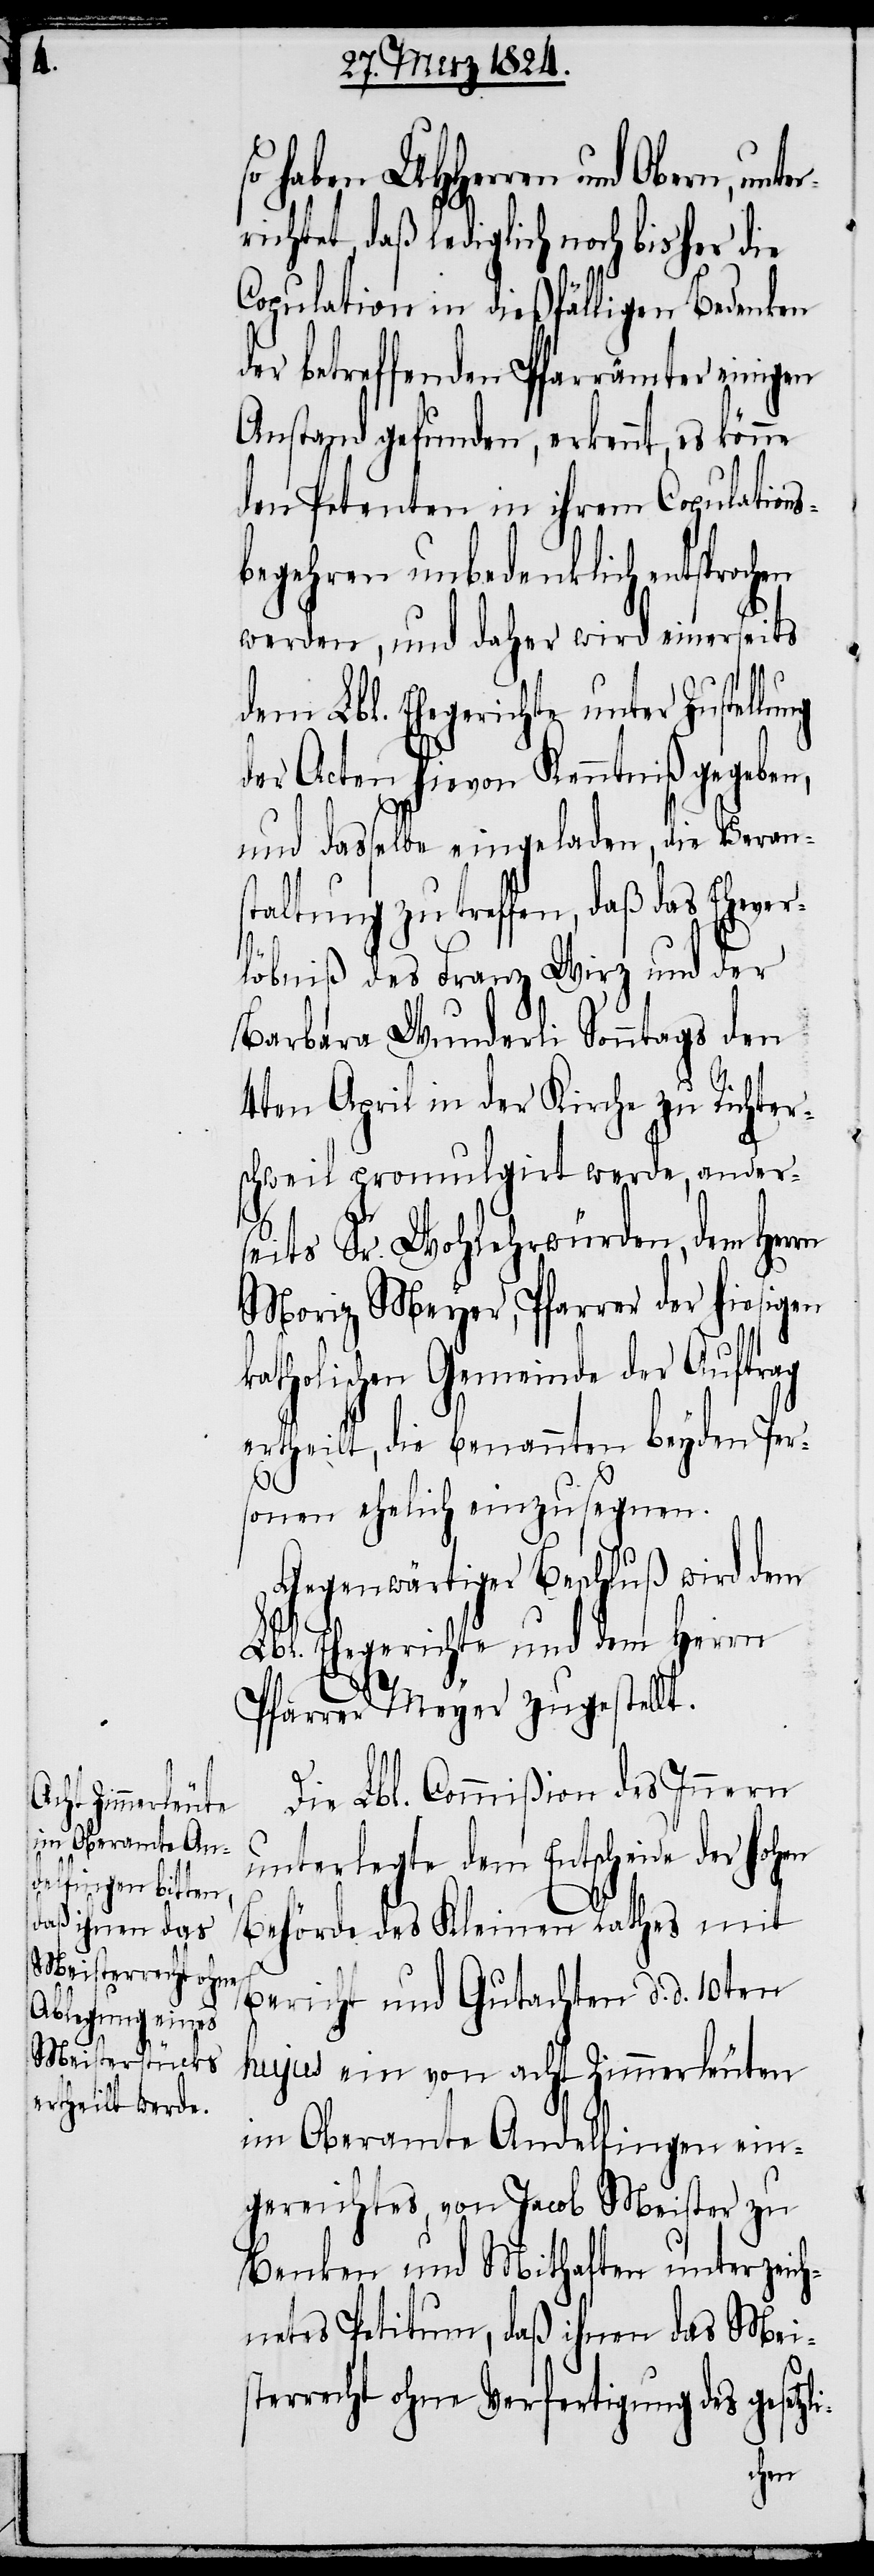
o haben UHHerren und Obern, unt¬
ichtet, daß lediglich noch bisher die
Copulation in dießfälligen Bedenken
er betreffenden Pfarrämter einigen
Anstand gefunden, erkennt, es
den Petenten in ihrem Copulations¬
begehren unbedenklich entspro¬
werden, und daher wird einerseits
dem Lbl. Ehegerichte unter Zustell¬
der Acten hievon Kenntniß gegeben,
li-
und dasselbe eingeladen, die Verans¬
taltung zu treffen, daß das Eheve¬
rlöbniß des Franz Wirz und der
Barbara Wunderli Sonntags den
4ten April in der Kirche zu Richter¬
schweil promulgirt werde, anders¬
eits Sr. Wohlehrwürden, dem Herrn
Moriz Meyer, Pfarrer der hiesigen
atholischen Gemeinde der Auftrag
ertheilt, die benannten beyden Pers¬
onen ehelich einzusegnen.
Gegenwärtiger Beschluß wird dem
Lbl. Ehegerichte und dem Herrn
Pfarrer Meyer zugestellt.
Die Lbl. Commißion des Innern
unterlegte dem Entscheide der hohen
Behörde des Kleinen Rathes mit
Bericht und Gutachten d. d. 10ten
hujus ein von acht Zimmerleuten
im Oberamte Andelfingen ein¬
gereichtes, von Jacob Meister zu
Benken und Mithaften unterzeich¬
netes Petitum, daß ihnen das Meis¬
terrecht ohne Verfertigung des gesetz¬
chen